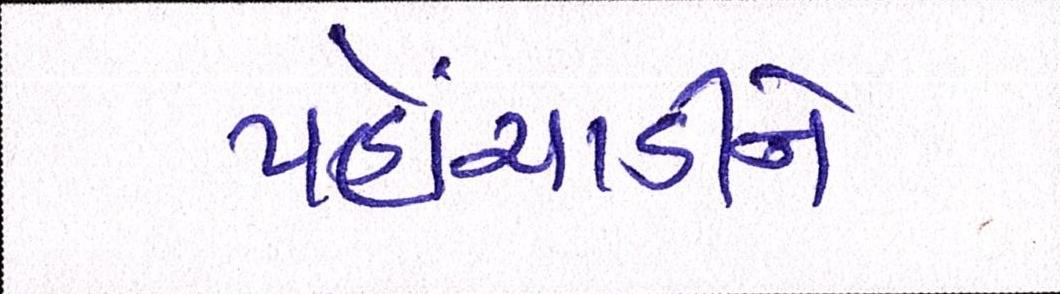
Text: પહોંચાડીને